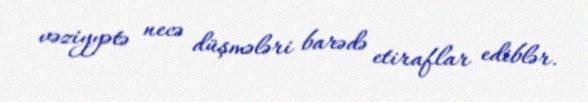
vəziyyətə necə düşmələri barədə etiraflar ediblər.